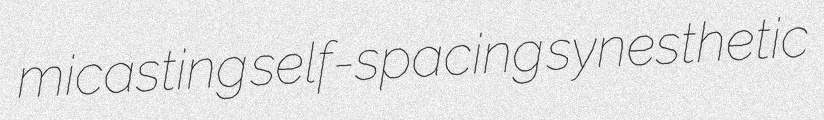
micasting self-spacing synesthetic